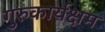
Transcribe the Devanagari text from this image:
गुरुकार्यक्षम